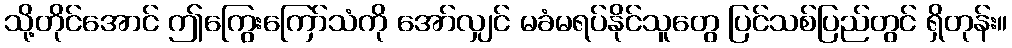
သို့တိုင်အောင် ဤကြွေးကြော်သံကို အော်လျှင် မခံမရပ်နိုင်သူတွေ ပြင်သစ်ပြည်တွင် ရှိတုန်း။